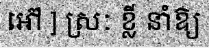
អ៊ៅ ] ស្រៈ ខ្លី នាំឱ្យ